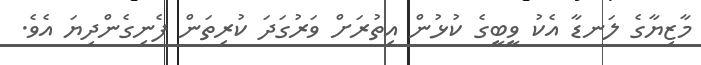
މާޒިޔާގެ ލަނޑާ އެކު ވީބީގެ ކުޅުން އިތުރަށް ވަރުގަދަ ކުރިތަން ފެނިގެންދިޔަ އެވެ.